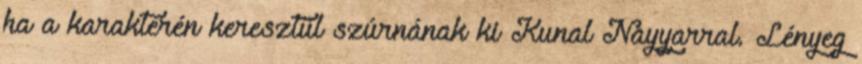
ha a karakterén keresztül szúrnának ki Kunal Nayyarral. Lényeg